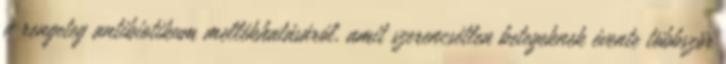
a rengeteg antibiotikum mellékhatásáról, amit szerencsétlen betegeknek évente többször